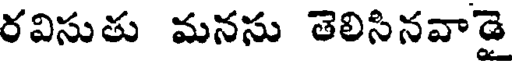
రవిసుతు మనసు తెలిసినవాడై